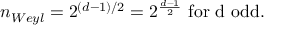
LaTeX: n _ { W e y l } = 2 ^ { ( d - 1 ) / 2 } = 2 ^ { \frac { d - 1 } { 2 } } \mathrm { ~ f o r ~ d ~ o d d } .